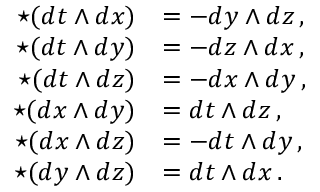
{ \begin{array} { r l } { \star ( d t \wedge d x ) } & { = - d y \wedge d z \, , } \\ { \star ( d t \wedge d y ) } & { = - d z \wedge d x \, , } \\ { \star ( d t \wedge d z ) } & { = - d x \wedge d y \, , } \\ { \star ( d x \wedge d y ) } & { = d t \wedge d z \, , } \\ { \star ( d x \wedge d z ) } & { = - d t \wedge d y \, , } \\ { \star ( d y \wedge d z ) } & { = d t \wedge d x \, . } \end{array} }